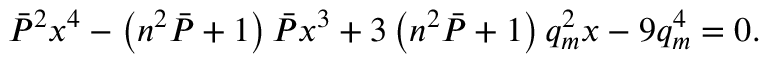
\Bar { P } ^ { 2 } x ^ { 4 } - \left( n ^ { 2 } \Bar { P } + 1 \right) \Bar { P } x ^ { 3 } + 3 \left( n ^ { 2 } \Bar { P } + 1 \right) q _ { m } ^ { 2 } x - 9 q _ { m } ^ { 4 } = 0 .